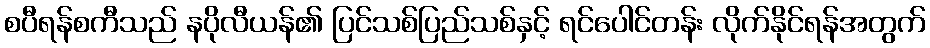
စပီရန်စကီသည် နပိုလီယန်၏ ပြင်သစ်ပြည်သစ်နှင့် ရင်ပေါင်တန်း လိုက်နိုင်ရန်အတွက်